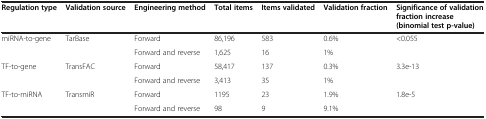
<table><thead><tr><td><b>Regulation type</b></td><td><b>Validation source</b></td><td><b>Engineering method</b></td><td><b>Total items</b></td><td><b>Items validated</b></td><td><b>Validation fraction</b></td><td><b>Significance of validation fraction increase (binomial test p-value)</b></td></tr></thead><tbody><tr><td>miRNA-to-gene</td><td>TarBase</td><td>Forward</td><td>86,196</td><td>583</td><td>0.6%</td><td>&lt;0.055</td></tr><tr><td>[EMPTY_CELL]</td><td>[EMPTY_CELL]</td><td>Forward and reverse</td><td>1,625</td><td>16</td><td>1%</td><td>[EMPTY_CELL]</td></tr><tr><td>TF-to-gene</td><td>TransFAC</td><td>Forward</td><td>58,417</td><td>137</td><td>0.3%</td><td>3.3e-13</td></tr><tr><td>[EMPTY_CELL]</td><td>[EMPTY_CELL]</td><td>Forward and reverse</td><td>3,413</td><td>35</td><td>1%</td><td>[EMPTY_CELL]</td></tr><tr><td>TF-to-miRNA</td><td>TransmiR</td><td>Forward</td><td>1195</td><td>23</td><td>1.9%</td><td>1.8e-5</td></tr><tr><td>[EMPTY_CELL]</td><td>[EMPTY_CELL]</td><td>Forward and reverse</td><td>98</td><td>9</td><td>9.1%</td><td>[EMPTY_CELL]</td></tr></tbody></table>